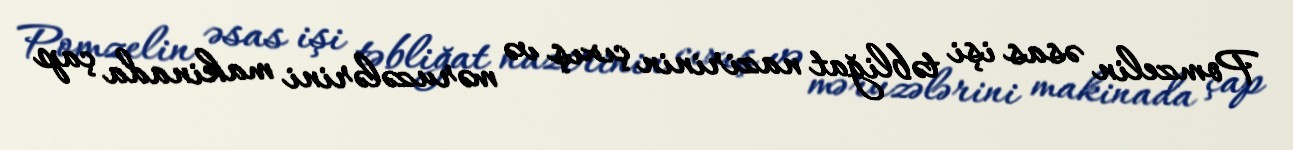
Pomzelin əsas işi təbliğat nazirinin çıxış və məruzələrini makinada çap